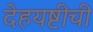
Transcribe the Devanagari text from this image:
देहयष्टीची